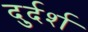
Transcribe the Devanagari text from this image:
दुर्दर्श